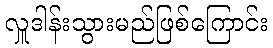
လှူဒါန်းသွားမည်ဖြစ်ကြောင်း